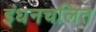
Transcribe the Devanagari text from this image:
इंधनचलित